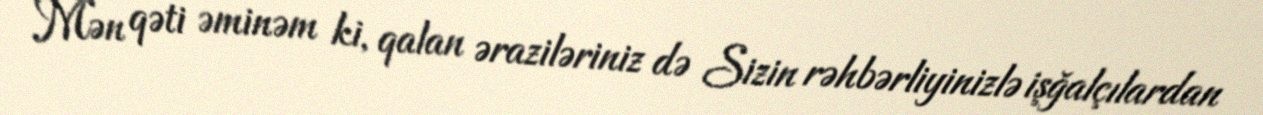
Mən qəti əminəm ki, qalan əraziləriniz də Sizin rəhbərliyinizlə işğalçılardan